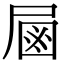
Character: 𡲖